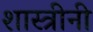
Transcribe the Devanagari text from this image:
शास्त्रीनी